Tartu_pedagoogiumi_aruanded, lk 8
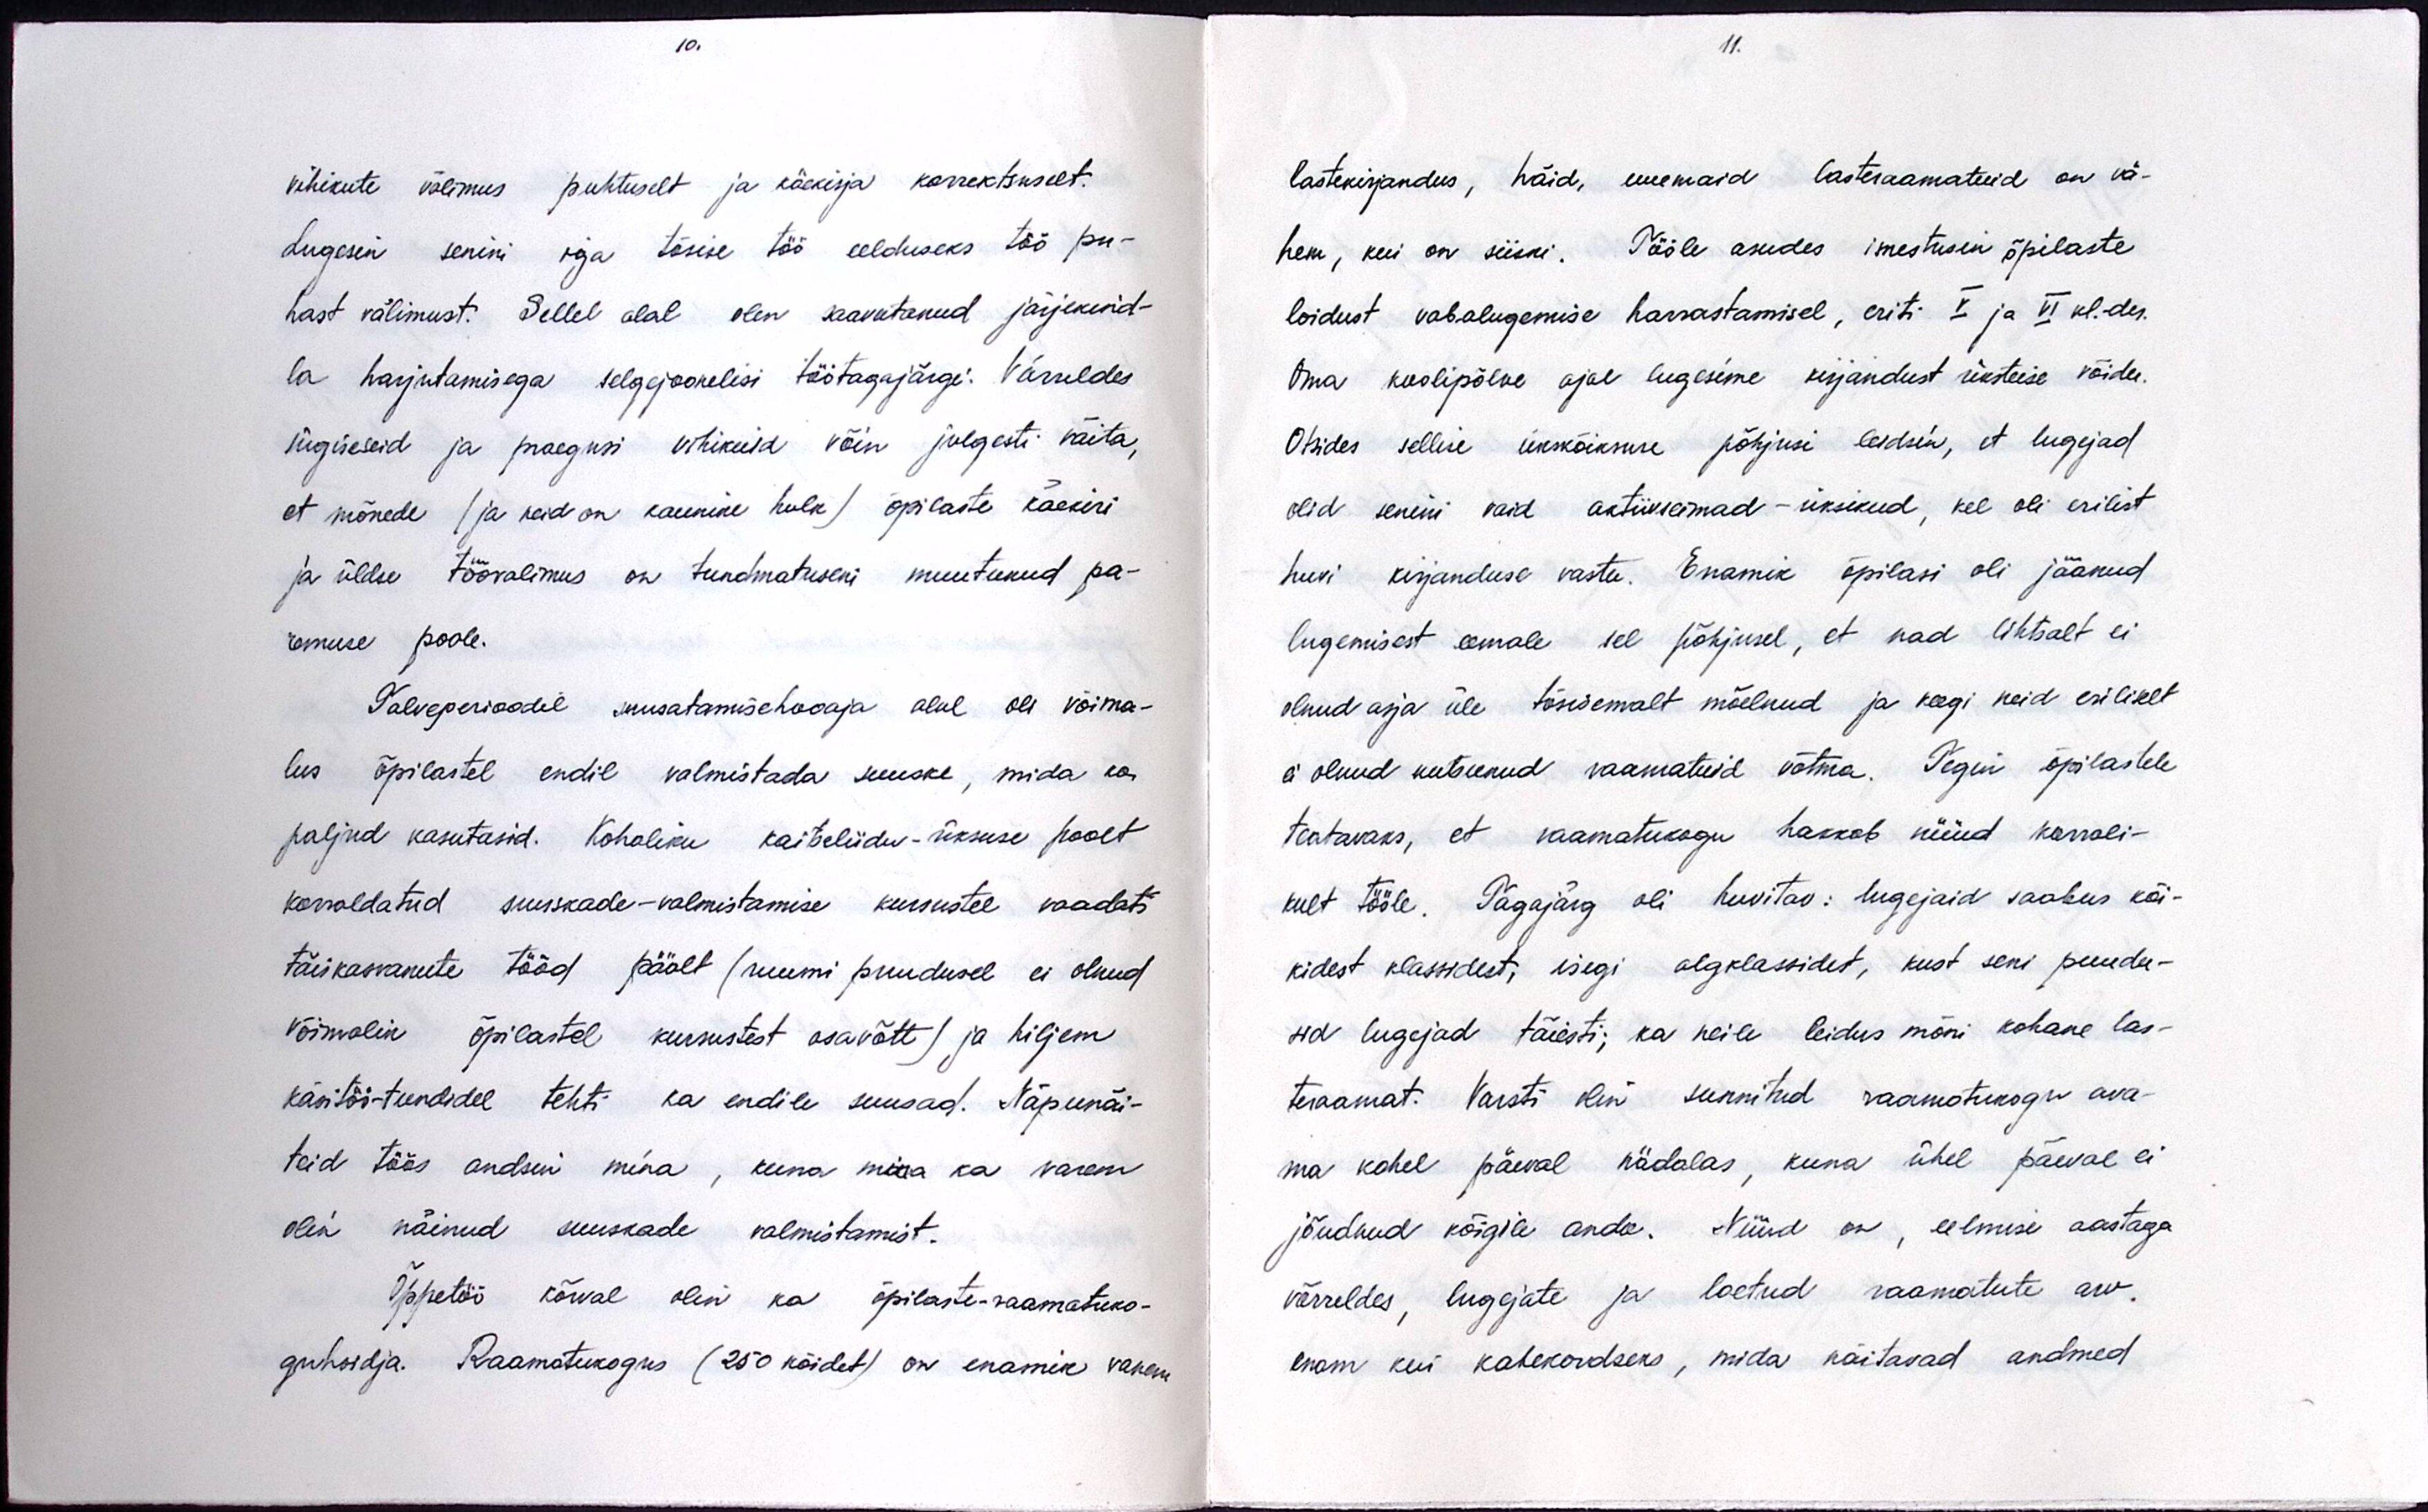
vihikute välimus puhtuselt ja käekirja korrektsuselt.
Lugesin senini iga tõsise töö eelduseks töö pu-
hast välimust. Sellel alal olen saavutanud järjekind-
la harjutamisega selgejoonelisi töötagajärgi. Võrreldes
sügiseseid ja praegusi vihikuid võin julgesti väita,
et mõnede (ja neid on kaunike hulk) õpilaste käekiri
ja üldse töövalimus on tundmatuseni muutunud pa-
remuse poole.
Talveperioodil suusatamisehooaja alul oli võima-
lus õpilastel endil valmistada suuske, mida ka
paljud kasutasid. Kohaliku kaitseliidu-üksuse poolt
korraldatud suuskade-valmistamise kursustel vaadati
täiskasvanute tööd päält (ruumi puudusel ei olnud
võimalik õpilastel kursustest osavõtt) ja hiljem
käsitöö-tundidel tehti ka endile suusad. Näpunäi-
teid töös andsin mina, kuna mina ka varem
olin näinud suuskade valmistamist.
Õppetöö kõrval olin ka õpilaste-raamatuko-
guhoidja. Raamatukogus (250 kõidet) on enamik vanem

lastekirjandus, häid, uuemaid lasteraamatuid on vä-
hem, kui on siiski. Tööle asudes imestusin õpilaste
loidust vabalugemise harrastamisel, eriti V ja VI kl. -des.
Oma koolipõlve ajal lugesime kirjandust üksteise võidu.
Otsides sellise ükskõiksuse põhjusi leidsin, et lugejad
olid senini vaid aktiivseimad - üksikud, kel oli erilist
huvi kirjanduse vastu. Enamik õpilasi oli jäänud
lugemisest eemale sel põhjusel, et nad lihtsalt ei
olnud asja üle tõsisemalt mõelnud ja keegi neid esiliselt,
ei olnud kutsunud raamatuid võtma. Tegin õpilastele
teatavaks, et raamatukogu hakkab nüüd korrali-
kult tööle. Tagajärg oli huvitav: lugejaid saabus kõi-
kidest klassidest, isegi algelassidet, kust seni puudu-
sid lugejad täiesti; ka neile leidus mõni kohane las-
teraamat. Varsti olin sunnitud raamotukogu ava-
ma kahel päeval nädalas, kuna ühel päeval ei
jõudnud kõigile anda. Nüüd on, eelmise aastaga
võrreldes, lugejate ja loetud raamatute arv.
enam kui kahekordseks, mida näitavad andmed